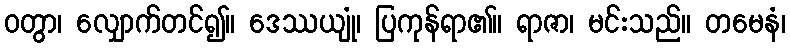
ဝတွာ၊ လျှောက်တင်၍။ ဒေဿယျုံ၊ ပြကုန်ရာ၏။ ရာဇာ၊ မင်းသည်။ တမေနံ၊